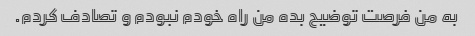
به من فرصت توضیح بده من راه خودم نبودم و تصادف کردم.